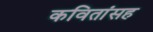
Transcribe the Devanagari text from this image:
कवितांसह